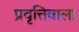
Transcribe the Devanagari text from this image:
प्रवृत्तिवाला